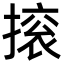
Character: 㨰